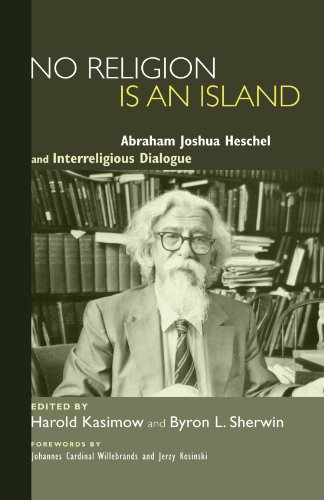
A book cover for No Religion Is an Island: Abraham Joshua Heschel and Interreligious Dialogue; Religion & Spirituality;